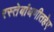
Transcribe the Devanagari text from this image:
रस्तेबांधणीतहेए